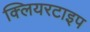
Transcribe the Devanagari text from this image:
क्लियरटाइप